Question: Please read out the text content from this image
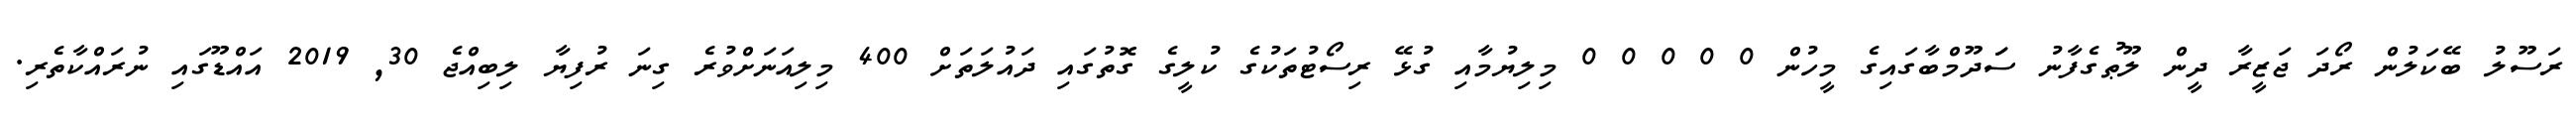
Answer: ރަސޫލު ބޭކަލުން ރޯދަ ޖަޒީރާ ދީން ލޫޠުގެފާނު ސަަދޫމްބާގައިގެ މީހުން 0 0 0 0 0 މިލިޔުމާއި ގުޅޭ ރިސޯޓުތަކުގެ ކުލީގެ ގޮތުގައި ދައުލަތަށް 400 މިލިއަނަށްވުރެ ގިނަ ރުފިޔާ ލިބިއްޖެ 30, 2019 އައްޑޫގައި ނުރައްކާތެރި.